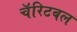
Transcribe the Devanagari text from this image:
चॅरिटबल